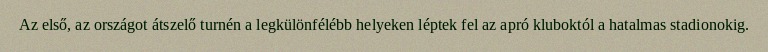
Az első, az országot átszelő turnén a legkülönfélébb helyeken léptek fel az apró kluboktól a hatalmas stadionokig.